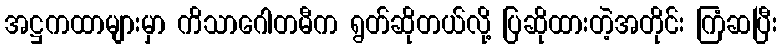
အဋ္ဌကထာများမှာ ကိသာဂေါတမီက ရွတ်ဆိုတယ်လို့ ပြဆိုထားတဲ့အတိုင်း ကြံဆပြီး